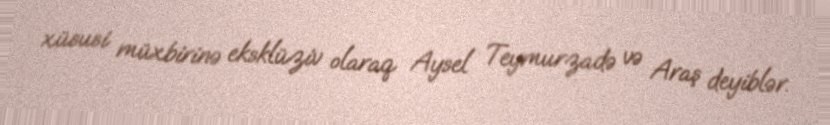
xüsusi müxbirinə eksklüziv olaraq Aysel Teymurzadə və Araş deyiblər.